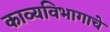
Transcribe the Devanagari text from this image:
काव्यविभागाचे